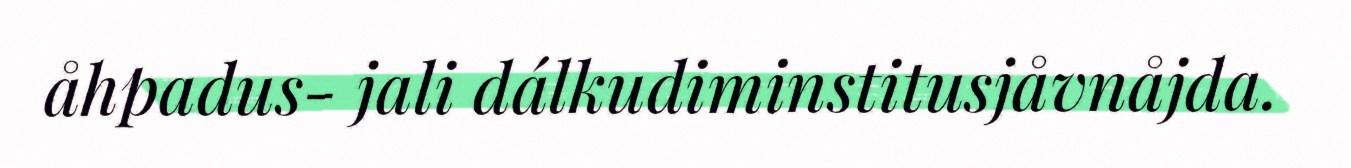
åhpadus- jali dálkudiminstitusjåvnåjda.